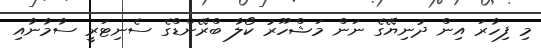
މި ފިހާރަ އިން ދުނިޔޭގެ ނަން މަޝްހޫރު ކޯލާ ބްރޭންޑްގެ ސެނިޓަރީ ސާމާނާއި